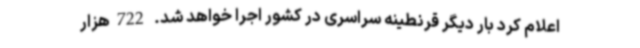
اعلام کرد بار دیگر قرنطینه سراسری در کشور اجرا خواهد شد. 722هزار